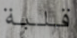
قلبة